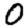
Digit: 0